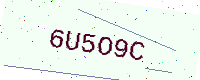
Text: 6U5O9C